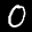
Label: 0